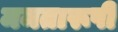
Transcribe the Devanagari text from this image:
ममतारूपी